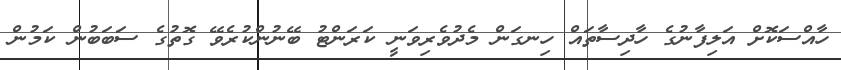
ހާއްސަކޮށް އަލިފާނުގެ ހާދިސާތައް ހިނގަން މެދުވެރިވަނީ ކަރަންޓު ބޭނުންކުރެވޭ ގޮތުގެ ސަބަބުން ކަމުން